Scottish Certificate of Education, 1963
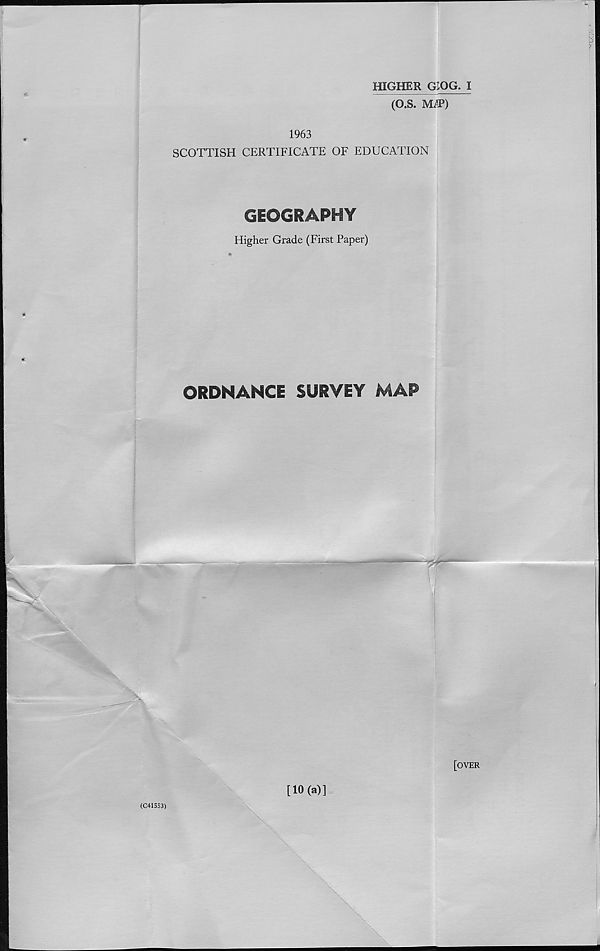
HIGHER GIOG. I
(O.S. M^P)
1963
SCOTTISH CERTIFICATE OF EDUCATION
GEOGRAPHY
Higher Grade (First Paper)
ORDNANCE SURVEY MAP